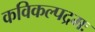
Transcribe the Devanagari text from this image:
कविकल्पद्रमः